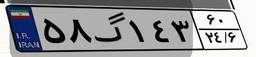
۵۸گ۱۴۳۶۰